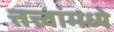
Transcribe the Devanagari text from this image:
तत्त्वांमध्ये